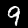
Digit: 9